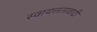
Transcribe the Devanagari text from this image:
स्वायत्ततावादी